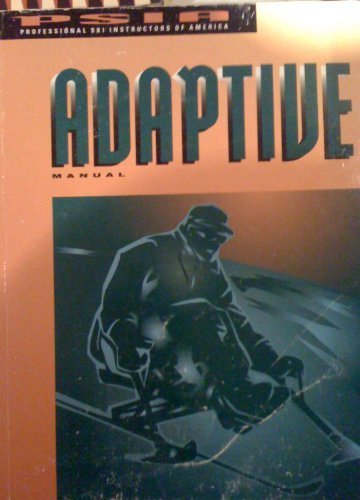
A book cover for Psia Adaptive Manual (ADAPTIVE MANUAL); Travel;